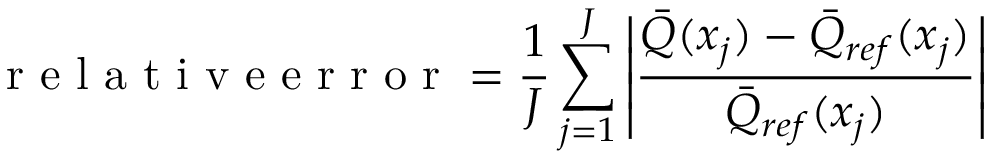
\mathrm { ~ r ~ e ~ l ~ a ~ t ~ i ~ v ~ e ~ e ~ r ~ r ~ o ~ r ~ } = \frac { 1 } { J } \sum _ { j = 1 } ^ { J } \left| \frac { \bar { Q } ( x _ { j } ) - \bar { Q } _ { r e f } ( x _ { j } ) } { \bar { Q } _ { r e f } ( x _ { j } ) } \right|